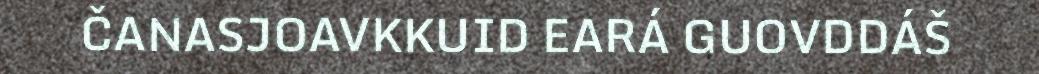
ČANASJOAVKKUID EARÁ GUOVDDÁŠ